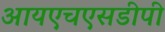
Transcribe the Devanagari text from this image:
आयएचएसडीपी